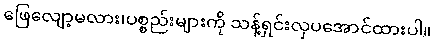
ဖြေလျော့မလား၊ပစ္စည်းများကို သန့်ရှင်းလှပအောင်ထားပါ။